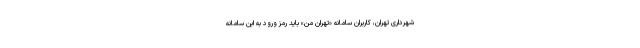
شهرداری تهران، کاربران سامانه «تهران من» باید رمز ورود به این سامانه